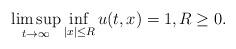
LaTeX: \begin{align*}\limsup _{t\to \infty} \inf _{\vert x\vert \leq R} u(t,x)=1, R\geq 0. \end{align*}